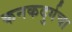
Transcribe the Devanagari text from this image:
कनकदुर्गचा